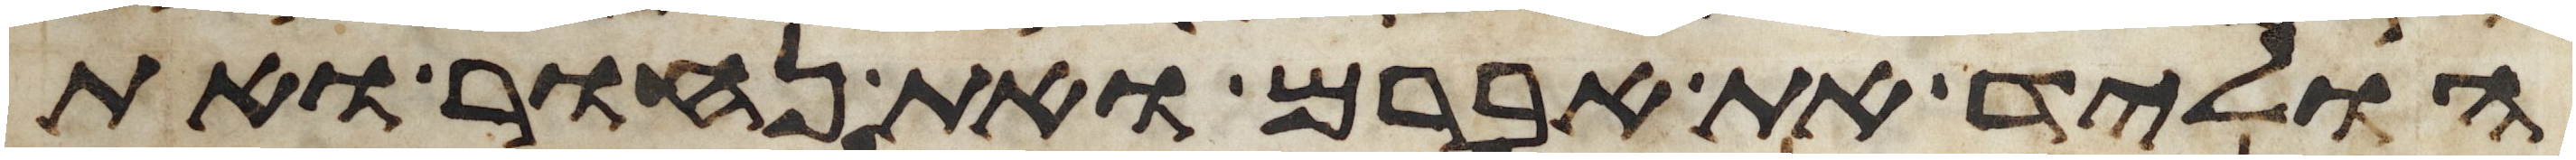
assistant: הוליד את אברם ואת נחור ואת